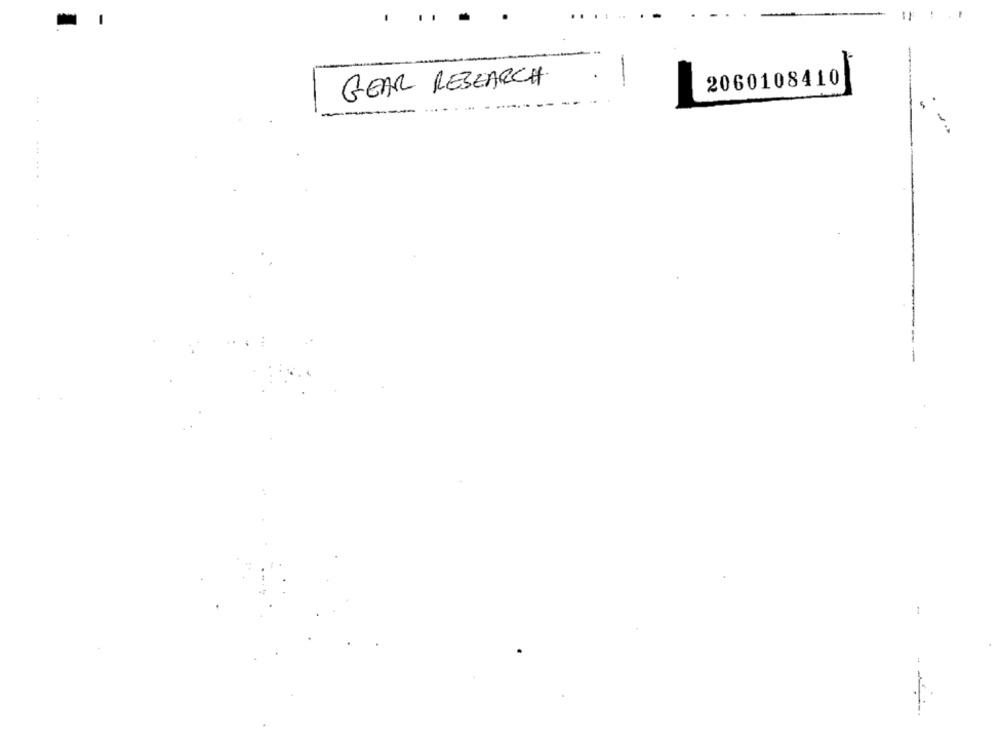
-
GEAR RESEARCH
2060108410
-